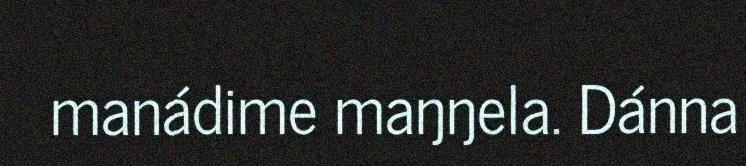
manádime maŋŋela. Dánna